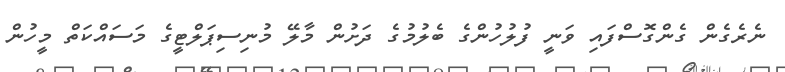
ނެރެގެން ގެންގޮސްފައި ވަނީ ފުލުހުންގެ ބެލުމުގެ ދަށުން މާލޭ މުނިސިޕަލްޓީގެ މަސައްކަތް މީހުން